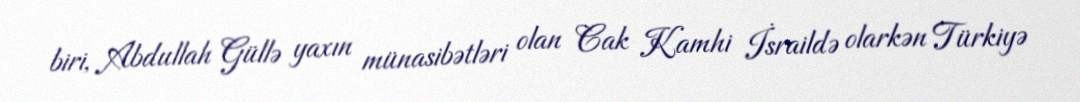
biri, Abdullah Güllə yaxın münasibətləri olan Cak Kamhi İsraildə olarkən Türkiyə